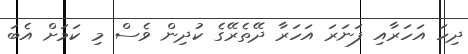
ދިހަ އަހަރާއި ފަނަރަ އަހަރާ ދޭތެރޭގެ ކުދިން ވެސް މި ކަމަށް އެބަ